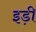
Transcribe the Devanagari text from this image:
इड़ी